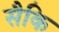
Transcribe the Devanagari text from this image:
सैकि